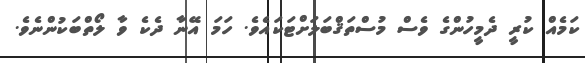
ކަމެއް ކުރީ ދެމީހުންގެ ވެސް މުސްތަޤްބަލަށްޓަކައެވެ. ހަމަ އޭނާ ދެކެ ވާ ލޯތްބަކުންނެވެ.